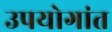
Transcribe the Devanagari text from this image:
उपयोगांत